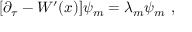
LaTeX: [ \partial _ { \tau } - W ^ { \prime } ( x ) ] \psi _ { m } = \lambda _ { m } \psi _ { m } ~ ,